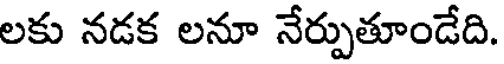
లకు నడక లనూ నేర్పుతూండేది.